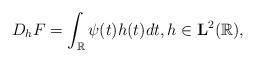
LaTeX: \begin{align*} D_hF=\int_{\mathbb{R}} \psi(t)h(t)dt, h \in \mathbf{L}^2(\mathbb{R}),\end{align*}